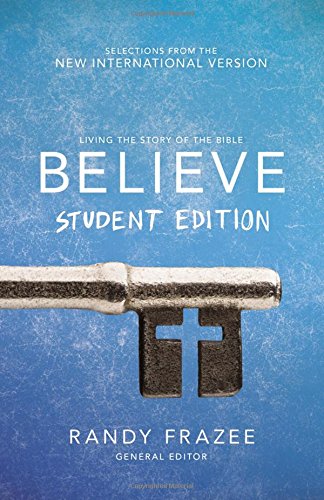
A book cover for Believe Student Edition: Living the Story of the Bible to Become Like Jesus; Christian Books & Bibles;